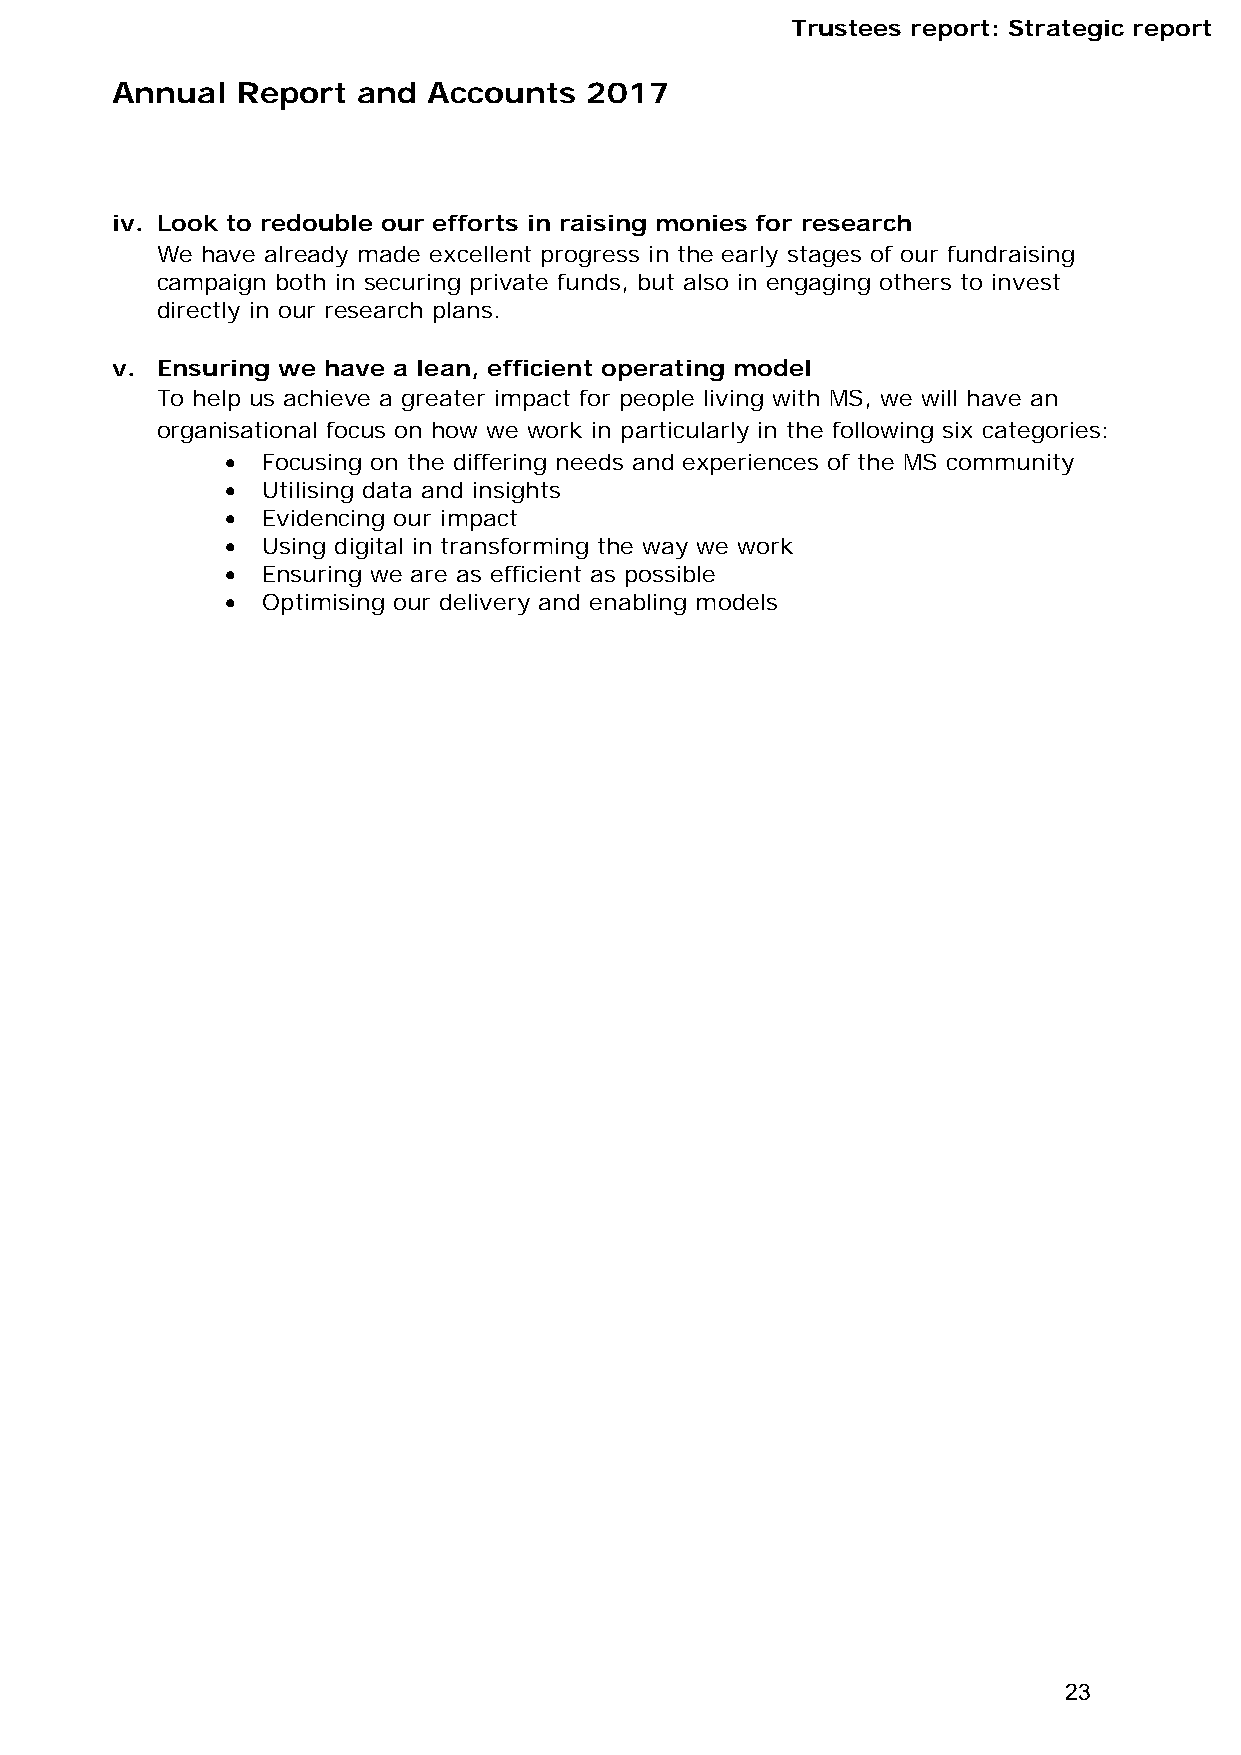
Trustees report: Strategic report
 Annual   Report  and Accounts   2017
 iv. Look to redouble our efforts in raising monies for research
 We have already made excellent progress in the early stages of our fundraising
 campaign both in securing private funds, but also in engaging others to invest
 directly in our research plans.
 v. Ensuring we have a lean, efficient operating model
 To help us achieve a greater impact for people living with MS, we will have an
 organisational focus on how we work in particularly in the following six categories:
  Focusing on the differing needs and experiences of the MS community
  Utilising data and insights
  Evidencing our impact
  Using digital in transforming the way we work
  Ensuring we are as efficient as possible
  Optimising our delivery and enabling models
 23